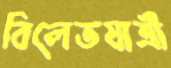
বিলেতযাত্রী